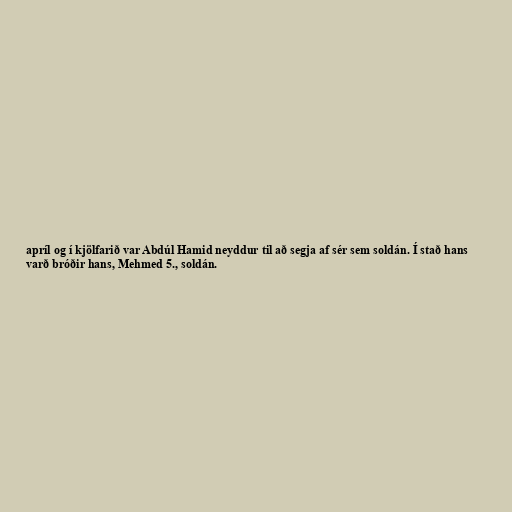
apríl og í kjölfarið var Abdúl Hamid neyddur til að segja af sér sem soldán. Í stað hans
varð bróðir hans, Mehmed 5., soldán.